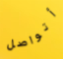
أتواصل